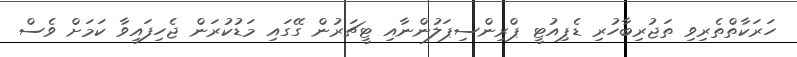
ހަރަކާތްތެރިވި ތަޖުރިބާހުރި ޑެޕިއުޓީ ޕްރިންސިޕަލުންނާއި ޓީޗަރުން ގޭގައި މަޑުކުރަން ޖެހިފައިވާ ކަމަށް ވެސް